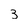
Character: 3